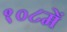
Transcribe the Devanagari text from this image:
१०८में